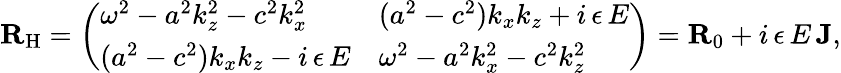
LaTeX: {\mathbf{R}}_{\mathrm{H}}=\left(\begin{array}{ll}{\omega^{2}-a^{2}k_{z}^{2}-c^{2}k_{x}^{2}}&{(a^{2}-c^{2})k_{x}k_{z}+i\, \epsilon\, E}\\ {(a^{2}-c^{2})k_{x}k_{z}-i\, \epsilon\, E}&{\omega^{2}-a^{2}k_{x}^{2}-c^{2}k_{z}^{2}}\end{array}\right)={\mathbf{R}}_{0}+i\, \epsilon\, E\, {\mathbf{J}},